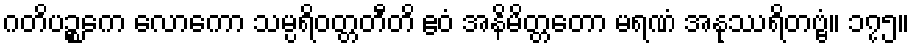
ဂတိပဉ္စကေ လောကော သမ္ပရိဝတ္တတီတိ ဧဝံ အနိမိတ္တတော မရဏံ အနုဿရိတဗ္ဗံ။ ၁၇၅။